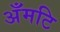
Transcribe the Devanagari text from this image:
अँमटि